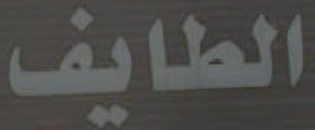
الطايف